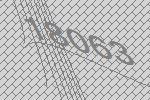
18063